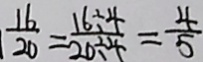
\frac { 1 6 } { 2 0 } = \frac { 1 6 \div 4 } { 2 0 \div 4 } = \frac { 4 } { 5 }